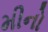
મીનો